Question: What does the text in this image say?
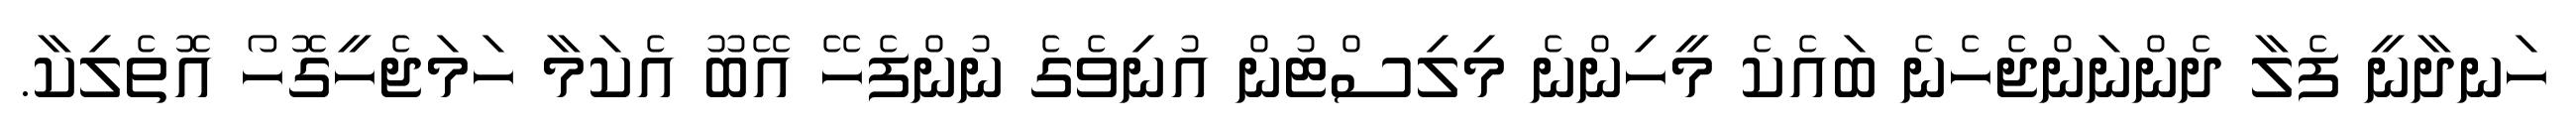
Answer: ހަނދާނީ ފެލާ ދެންނަންޖެހެނެ ބައެކެ މީހިންނެ މިލިސްޓުން އުނިވެގެ ނުންފެހޭ އޭބޫ އެކަމާ ހަމަޖެހީގޮހޯ އޮތެލިކާ.